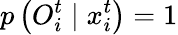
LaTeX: p\left({O}_{i}^{t}\mid{x}_{i}^{t}\right)=1